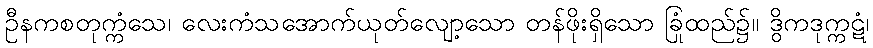
ဦနကစတုက္ကံသေ၊ လေးကံသအောက်ယုတ်လျော့သော တန်ဖိုးရှိသော ခြုံထည်၌။ ဒွိကဒုက္ကဋံ၊